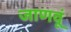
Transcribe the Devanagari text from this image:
जाणवूं